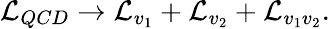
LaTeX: {\cal L}_{QCD}\rightarrow{\cal L}_{v_{1}}+{\cal L}_{v_{2}}+{\cal L}_{v_{1}v_{2}}.